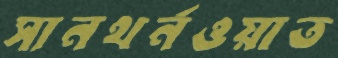
সানথর্নওয়াত